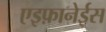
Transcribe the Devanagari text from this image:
एइफ़ानेईस